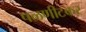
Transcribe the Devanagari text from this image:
पळणीटकर